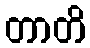
တာတိ